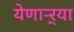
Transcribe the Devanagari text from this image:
येणाऱ्र्‍या